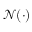
\mathcal { N } ( \cdot )